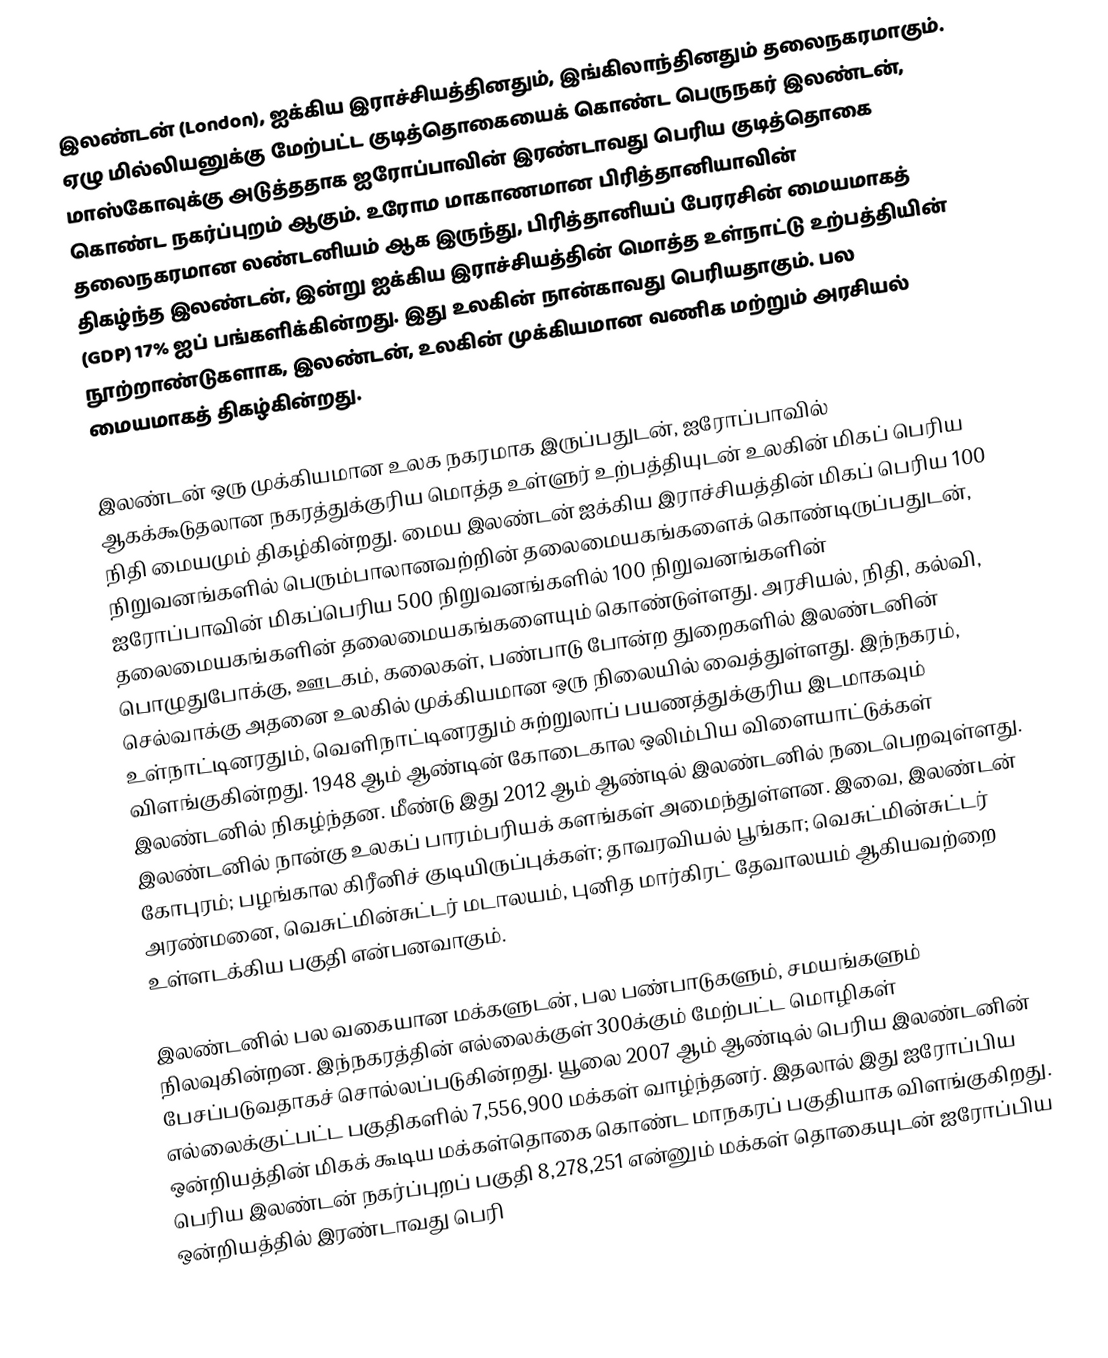
இலண்டன் (London), ஐக்கிய இராச்சியத்தினதும், இங்கிலாந்தினதும் தலைநகரமாகும். ஏழு மில்லியனுக்கு மேற்பட்ட குடித்தொகையைக் கொண்ட பெருநகர் இலண்டன், மாஸ்கோவுக்கு அடுத்ததாக ஐரோப்பாவின் இரண்டாவது பெரிய குடித்தொகை கொண்ட நகர்ப்புறம் ஆகும். உரோம மாகாணமான பிரித்தானியாவின் தலைநகரமான லண்டனியம் ஆக இருந்து, பிரித்தானியப் பேரரசின் மையமாகத் திகழ்ந்த இலண்டன், இன்று ஐக்கிய இராச்சியத்தின் மொத்த உள்நாட்டு உற்பத்தியின் (GDP) 17% ஐப் பங்களிக்கின்றது. இது உலகின் நான்காவது பெரியதாகும். பல நூற்றாண்டுகளாக, இலண்டன், உலகின் முக்கியமான வணிக மற்றும் அரசியல் மையமாகத் திகழ்கின்றது.

இலண்டன் ஒரு முக்கியமான உலக நகரமாக இருப்பதுடன், ஐரோப்பாவில் ஆகக்கூடுதலான நகரத்துக்குரிய மொத்த உள்ளுர் உற்பத்தியுடன் உலகின் மிகப் பெரிய நிதி மையமும் திகழ்கின்றது. மைய இலண்டன் ஐக்கிய இராச்சியத்தின் மிகப் பெரிய 100 நிறுவனங்களில் பெரும்பாலானவற்றின் தலைமையகங்களைக் கொண்டிருப்பதுடன், ஐரோப்பாவின் மிகப்பெரிய 500 நிறுவனங்களில் 100 நிறுவனங்களின் தலைமையகங்களின் தலைமையகங்களையும் கொண்டுள்ளது. அரசியல், நிதி, கல்வி, பொழுதுபோக்கு, ஊடகம், கலைகள், பண்பாடு போன்ற துறைகளில் இலண்டனின் செல்வாக்கு அதனை உலகில் முக்கியமான ஒரு நிலையில் வைத்துள்ளது. இந்நகரம், உள்நாட்டினரதும், வெளிநாட்டினரதும் சுற்றுலாப் பயணத்துக்குரிய இடமாகவும் விளங்குகின்றது. 1948 ஆம் ஆண்டின் கோடைகால ஒலிம்பிய விளையாட்டுக்கள் இலண்டனில் நிகழ்ந்தன. மீண்டு இது 2012 ஆம் ஆண்டில் இலண்டனில் நடைபெறவுள்ளது. இலண்டனில் நான்கு உலகப் பாரம்பரியக் களங்கள் அமைந்துள்ளன. இவை, இலண்டன் கோபுரம்; பழங்கால கிரீனிச் குடியிருப்புக்கள்; தாவரவியல் பூங்கா; வெசுட்மின்சுட்டர் அரண்மனை, வெசுட்மின்சுட்டர் மடாலயம், புனித மார்கிரட் தேவாலயம் ஆகியவற்றை உள்ளடக்கிய பகுதி என்பனவாகும்.

இலண்டனில் பல வகையான மக்களுடன், பல பண்பாடுகளும், சமயங்களும் நிலவுகின்றன. இந்நகரத்தின் எல்லைக்குள் 300க்கும் மேற்பட்ட மொழிகள் பேசப்படுவதாகச் சொல்லப்படுகின்றது. யூலை 2007 ஆம் ஆண்டில் பெரிய இலண்டனின் எல்லைக்குட்பட்ட பகுதிகளில் 7,556,900 மக்கள் வாழ்ந்தனர். இதலால் இது ஐரோப்பிய ஒன்றியத்தின் மிகக் கூடிய மக்கள்தொகை கொண்ட மாநகரப் பகுதியாக விளங்குகிறது. பெரிய இலண்டன் நகர்ப்புறப் பகுதி 8,278,251 என்னும் மக்கள் தொகையுடன் ஐரோப்பிய ஒன்றியத்தில் இரண்டாவது பெரி